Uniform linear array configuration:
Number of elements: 8
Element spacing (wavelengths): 0.25
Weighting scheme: hann
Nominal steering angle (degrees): -45
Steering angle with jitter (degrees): -44.435
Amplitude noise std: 0.05
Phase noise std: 0.05

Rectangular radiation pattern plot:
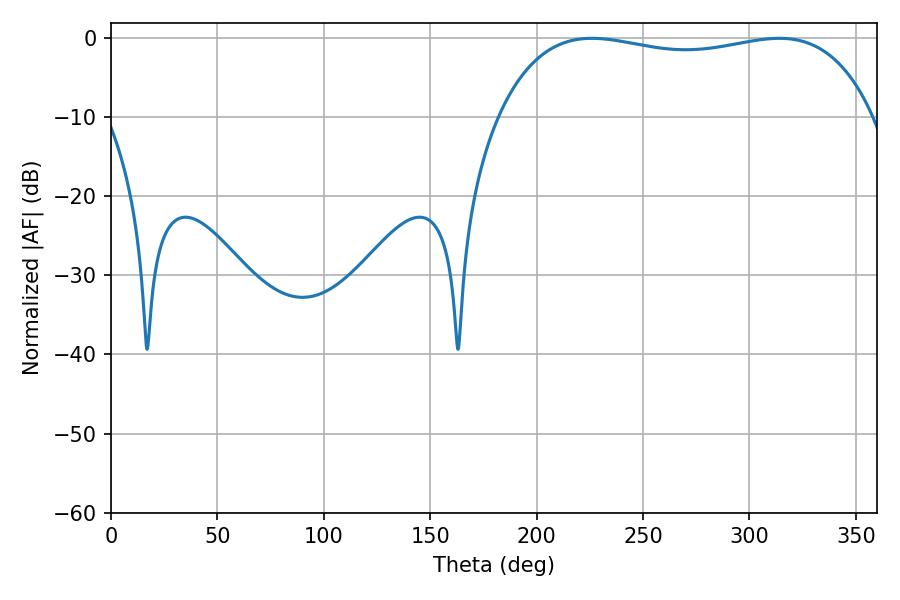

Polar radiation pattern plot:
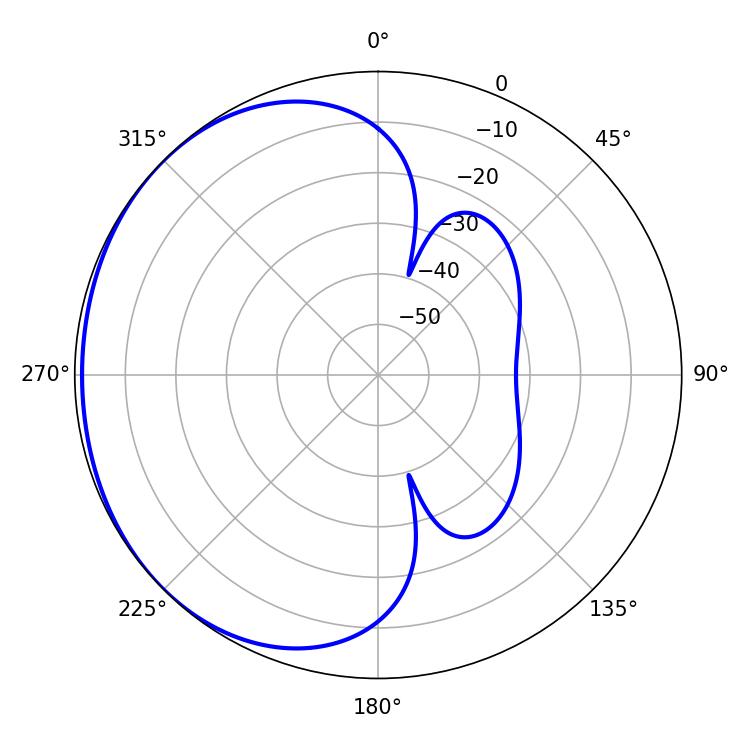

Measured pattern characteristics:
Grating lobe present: FALSE
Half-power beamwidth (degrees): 142.56
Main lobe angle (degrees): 225.9